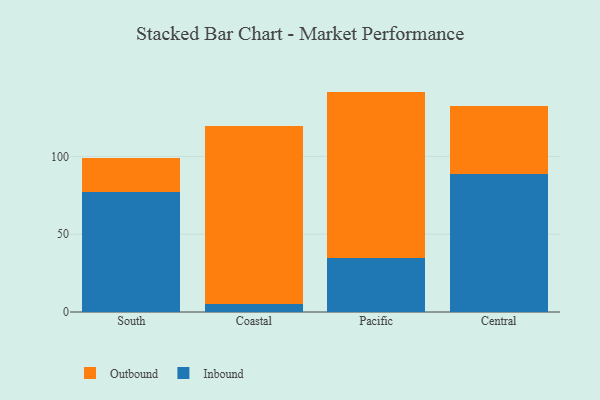
{"axis": {"x": "Region", "y": "Page Views"}, "legend": ["Inbound", "Outbound"], "data": [{"x": "South", "y": 77.2, "type": "Inbound"}, {"x": "South", "y": 21.8, "type": "Outbound"}, {"x": "Coastal", "y": 5.4, "type": "Inbound"}, {"x": "Coastal", "y": 113.9, "type": "Outbound"}, {"x": "Pacific", "y": 34.4, "type": "Inbound"}, {"x": "Pacific", "y": 107.3, "type": "Outbound"}, {"x": "Central", "y": 88.7, "type": "Inbound"}, {"x": "Central", "y": 43.9, "type": "Outbound"}]}